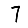
Digit: 7